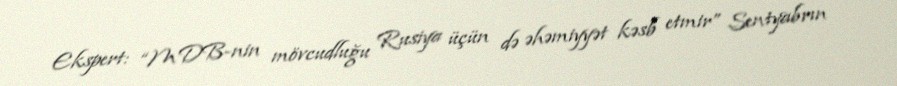
Ekspert: “MDB-nin mövcudluğu Rusiya üçün də əhəmiyyət kəsb etmir” Sentyabrın